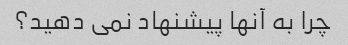
چرا به آنها پیشنهاد نمی دهید؟